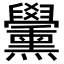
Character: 𦧀